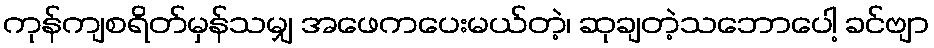
ကုန်ကျစရိတ်မှန်သမျှ အဖေကပေးမယ်တဲ့၊ ဆုချတဲ့သဘောပေါ့ ခင်ဗျာ